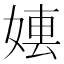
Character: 𡞤